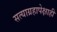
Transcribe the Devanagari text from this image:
सत्याग्रहापेक्षाही